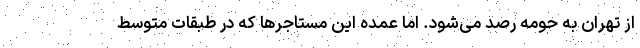
از تهران به حومه رصد می‌‌شود. اما عمده این مستاجرها که در طبقات متوسط